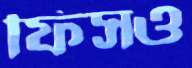
ফিসও